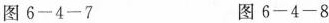
图6-4-7 图6-4-8